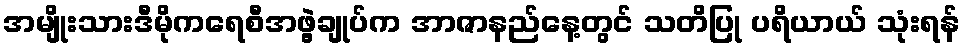
အမျိုးသားဒီမိုကရေစီအဖွဲ့ချုပ်က အာဇာနည်နေ့တွင် သတိပြု ပရိယာယ် သုံးရန်